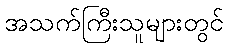
အသက်ကြီးသူများတွင်